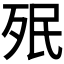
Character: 𣧟